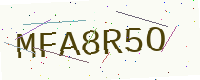
Text: MFA8R5O